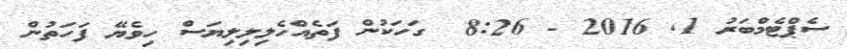
ސެޕްޓެމްބަރު 1